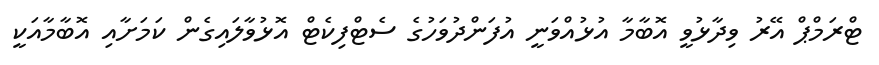
ޓްރަމްޕް އޭރު ވިދާޅުވީ އޮބާމާ އުޅުއްވަނީ އުފަންދުވަހުގެ ސެޓްފިކެޓް އޮޅުވާލައިގެން ކަމަށާއި އޮބާމާއަކީ